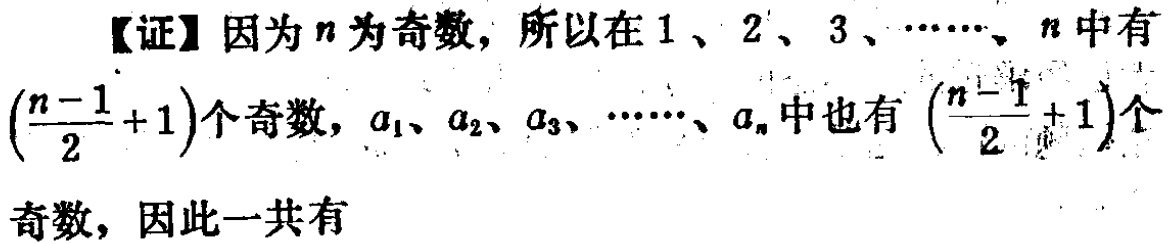
【证】因为\(n\)为奇数，所以在\(1\)、\(2\)、\(3\)、\(\cdots\)、\(n\)中有\((\frac{n - 1}{2}+1)\)个奇数，\(a_1\)、\(a_2\)、\(a_3\)、\(\cdots\)、\(a_n\)中也有\((\frac{n - 1}{2}+1)\)个奇数，因此一共有